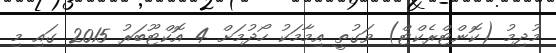
މުދިމު (ކޮންޓްރެކްޓް) ވަގުތީ އިމާމަކު ހޯދުމަށް 4 އޮކްޓޫބަރު 2015 ގައި މި